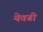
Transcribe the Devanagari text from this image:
येवढी